Treatise on elephants
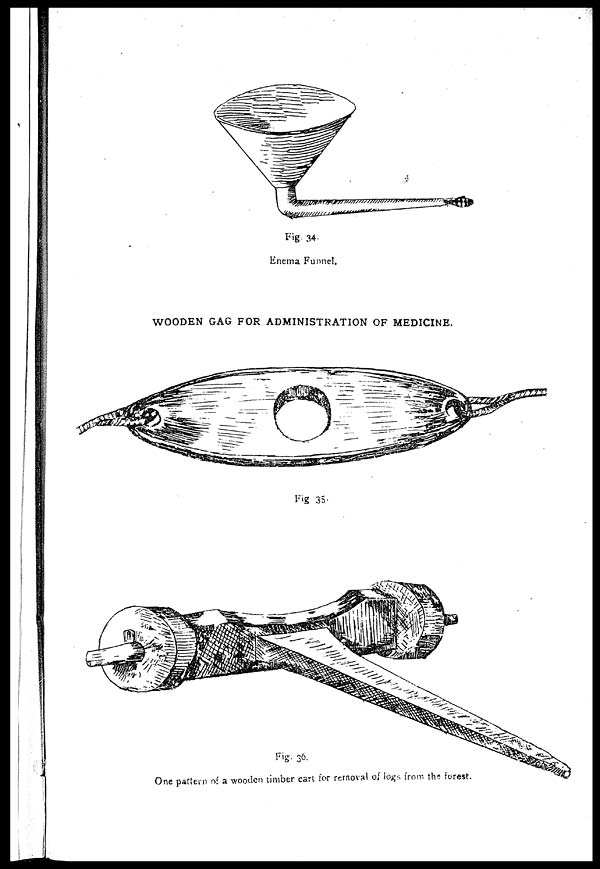
Fig. 34.
Enema Funnel.
WOODEN GAG FOR ADMINISTRATION OF MEDICINE.
Fig. 35.
Fig. 36.
One pattern of a wooden timber cart for removal of logs from the forest.